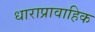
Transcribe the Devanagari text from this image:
धाराप्रावाहिक